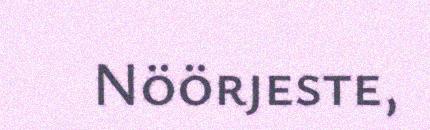
Nöörjeste,